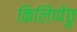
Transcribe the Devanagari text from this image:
किलिप्पेछु